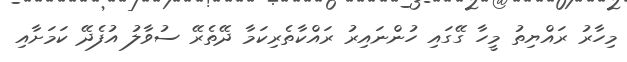
މިހާރު ރައްޔިތު މީހާ ގޭގައި ހުންނައިރު ރައްކާތެރިކަމާ ދޭތެރޭ ސުވާލު އުފެދޭ ކަމަށާއި